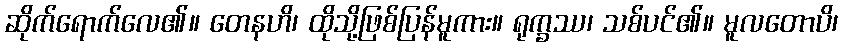
ဆိုက်ရောက်လေ၏။ တေနဟိ၊ ထိုသို့ဖြစ်ပြန်မူကား။ ရုက္ခဿ၊ သစ်ပင်၏။ မူလတောပိ၊